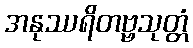
အနုဿရိတဗ္ဗသုတ္တံ